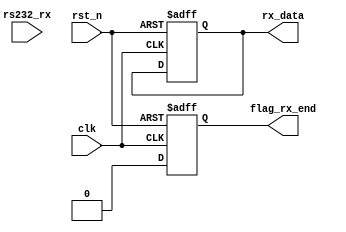
/************************************************************************
 * Create time   : 2018-04-15 15:08
 * Description   : 
 * *********************************************************************/
module  uart_rx(
        input                   clk                     ,
        input                   rst_n                   ,
        //uart
        input                   rs232_rx                ,
        //
        output  reg   [ 7: 0]   rx_data                 ,
        output  reg             flag_rx_end
);
//=====================================================================\
// ********** Define Parameter and Internal Signals *************
//=====================================================================/
parameter   BAUD_END    =       5208                            ;
parameter   BAUD_M      =       BAUD_END/2-1                    ;
parameter   CNT1_END    =       9                               ;

reg     [ 9: 0]                 cnt0                            ;
wire                            add_cnt0                        ;
wire                            end_cnt0                        ;

reg     [ 3: 0]                 cnt1                            ;
wire                            add_cnt1                        ;
wire                            end_cnt1                        ;
reg                             rx_flag                         ; 
reg     [ 2: 0]                 rx_r                            ; 
//======================================================================
// ***************      Main    Code    ****************
//======================================================================
//rx_r 32
always  @(posedge clk or negedge rst_n)begin
    if(rst_n==1'b0)begin
        rx_r    <=      'd0;
    end
    else begin
        rx_r    <=      {rx_r[1:0],rs232_rx};
    end
end

//rx_r[1]
assign  rx_neg  =   (~rx_r[1]) && rx_r[2];

always @(posedge clk or negedge rst_n)begin
    if(!rst_n)begin
        cnt0 <= 0;
    end
    else if(add_cnt0)begin
        if(end_cnt0)
            cnt0 <= 0;
        else
            cnt0 <= cnt0 + 1;
    end
end

assign  add_cnt0        =       rx_flag;
assign  end_cnt0        =       add_cnt0 && cnt0 == BAUD_END-1;

always @(posedge clk or negedge rst_n)begin 
    if(!rst_n)begin
        cnt1 <= 0;
    end
    else if(add_cnt1)begin
        if(end_cnt1)
            cnt1 <= 0;
        else
            cnt1 <= cnt1 + 1;
    end
end

assign  add_cnt1        =       end_cnt0;
assign  end_cnt1        =       add_cnt1 && cnt1 == CNT1_END-1;

//rx_flag
always  @(posedge clk or negedge rst_n)begin
    if(rst_n==1'b0)begin
        rx_flag     <=      1'b0;
    end
    else if(end_cnt1)begin  
        rx_flag     <=      1'b0;
    end
    else if(rx_neg)begin  
        rx_flag     <=      1'b1;
    end
end

//rx_data
always  @(posedge clk or negedge rst_n)begin
    if(rst_n==1'b0)begin
        rx_data     <=      'd0;
    end
    else if(add_cnt0 && cnt0 == BAUD_M)begin
        rx_data     <=      {rx_r[1],rx_data[7:1]};
    end
end

//flag_rx_end
always  @(posedge clk or negedge rst_n)begin
    if(rst_n==1'b0)begin
        flag_rx_end     <=      1'b0;
    end
    else if(end_cnt1)begin
        flag_rx_end     <=      1'b1;
    end
    else begin
        flag_rx_end     <=      1'b0;
    end
end


endmodule